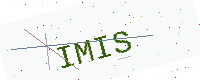
Text: IMIS